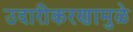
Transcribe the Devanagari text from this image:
उदारीकरणामुळे